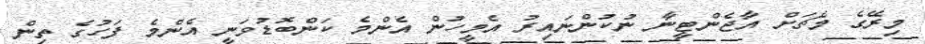
މިރޭގެ މެޗަށް އާޖެންޓީނާ ނުކުންނައިރު އެމީހުން އެންމެ ކަންބޮޑުވަނީ އެންމެ ފަހުގެ ތިން